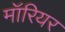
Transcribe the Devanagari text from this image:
मॉरियर